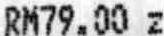
RM79.00 Z